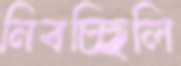
নিবচ্ছিলি